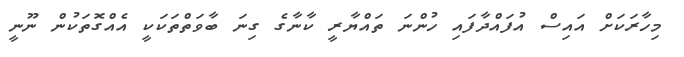
މިހާރަކަށް އައިސް އުފައްދާފައި ހުންނަ ތައްޔާރީ ކާނާގެ ގިނަ ބާވަތްތަކަކީ އެއްގޮތަކުން ނޫނީ